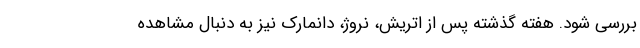
بررسی شود. هفته گذشته پس از اتریش، نروژ، دانمارک نیز به دنبال مشاهده